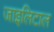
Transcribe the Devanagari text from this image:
जाइलिटाल